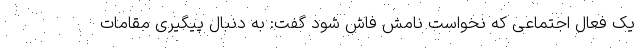
یک فعال اجتماعی که نخواست نامش فاش شود گفت: به دنبال پیگیری مقامات